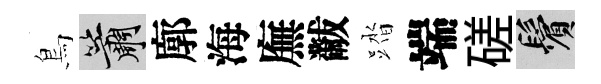
鳥簫廓海廡黻踏端磋鬢